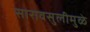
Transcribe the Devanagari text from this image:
सारावसुलीमुळे